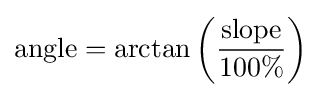
{\text{angle}}=\arctan \left({\frac {\text{slope}}{100\%}}\right)